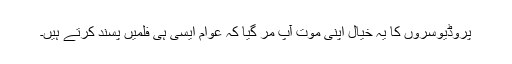
پروڈیوسروں کا یہ خیال اپنی موت آپ مر گیا کہ عوام ایسی ہی فلمیں پسند کرتے ہیں۔